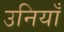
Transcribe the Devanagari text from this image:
उनियाँ